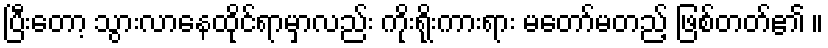
ပြီးတော့ သွားလာနေထိုင်ရာမှာလည်း ကိုးရိုးကားရား မတော်မတည့် ဖြစ်တတ်၏ ။